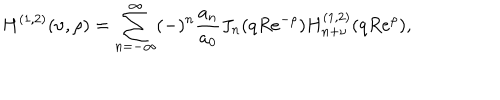
H ^ { ( 1 , 2 ) } ( \nu , \rho ) = \sum _ { n = - \infty } ^ { \infty } ( - ) ^ { n } { \frac { a _ { n } } { a _ { 0 } } } J _ { n } ( q R e ^ { - \rho } ) H _ { n + \nu } ^ { ( 1 , 2 ) } ( q R e ^ { \rho } ) ,